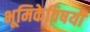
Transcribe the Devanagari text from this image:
भूमिकेविषयी